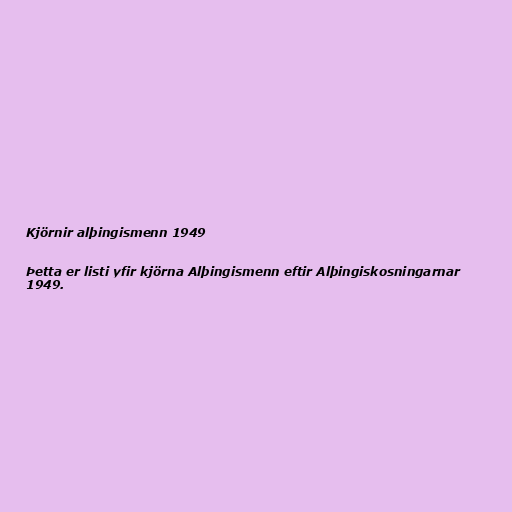
Kjörnir alþingismenn 1949

Þetta er listi yfir kjörna Alþingismenn eftir Alþingiskosningarnar
1949.